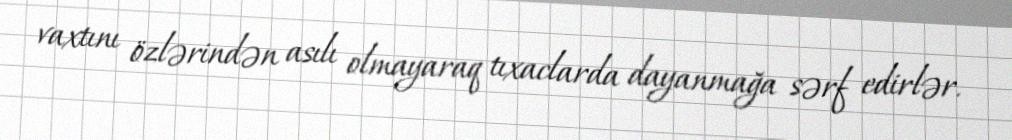
vaxtını özlərindən asılı olmayaraq tıxaclarda dayanmağa sərf edirlər.